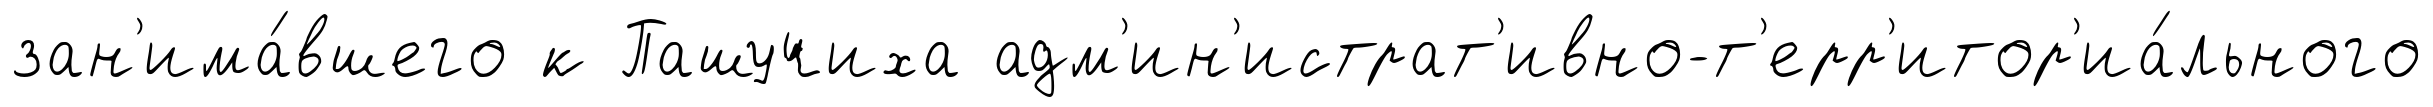
зан'има́вшего к Пашучиха адм'ин'истрат'ивно-т'ерр'итор'иа́льного